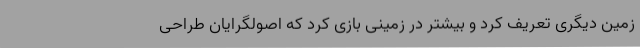
زمین دیگری تعریف کرد و بیشتر در زمینی بازی کرد که اصولگرایان طراحی